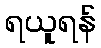
ရယူရန်